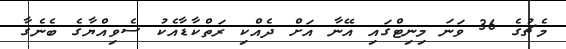
މެޗުގެ 36 ވަނަ މިނިޓްގައި އޭނާ އަށް ދެއްކި ރަތްކާޑާއެކު ސެވިއްޔާގެ ބެނެގާ